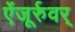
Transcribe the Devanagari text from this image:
ऐंजूर्रुवर्